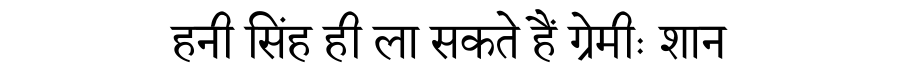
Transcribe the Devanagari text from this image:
हनी सिंह ही ला सकते हैं ग्रेमीः शान